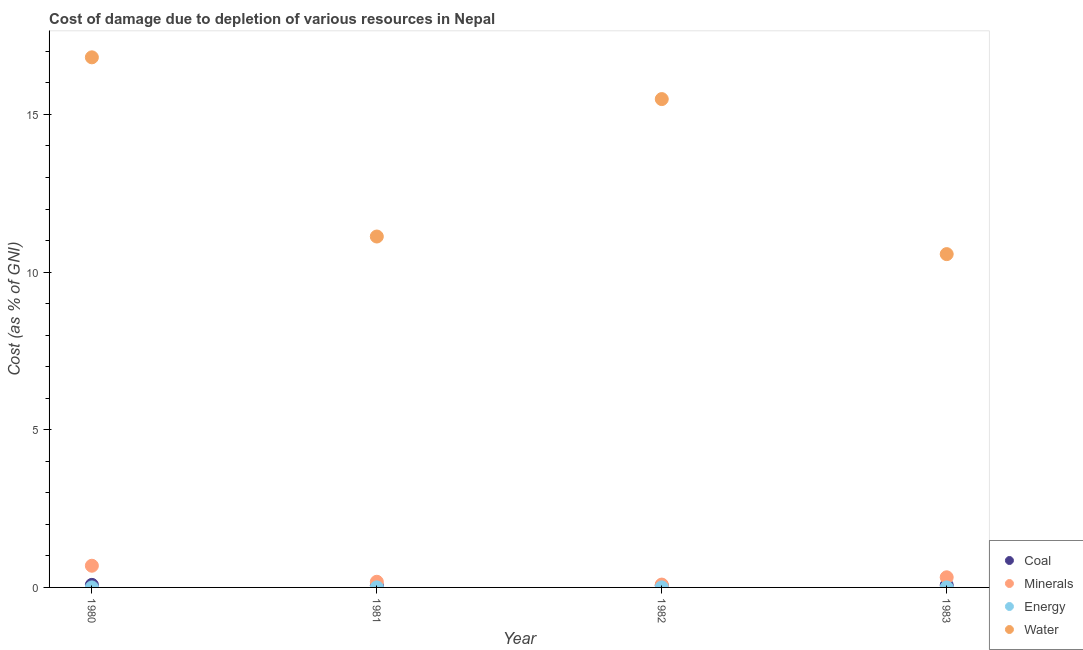
| Year | Coal | Minerals | Energy | Water |
 | --- | --- | --- | --- | --- |
 | 1980 | 0.081 | 0.688 | 0.000659 | 16.8 |
 | 1981 | 0.0643 | 0.179 | 0.00128 | 11.1 |
 | 1982 | 0.064 | 0.0906 | 0.00145 | 15.5 |
 | 1983 | 0.0735 | 0.321 | 0.000776 | 10.6 |